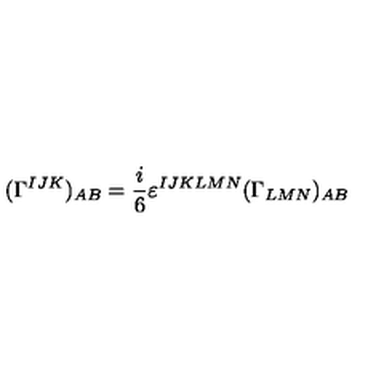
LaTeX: ( \Gamma ^ { I J K } ) _ { A B } = \frac { i } { 6 } \varepsilon ^ { I J K L M N } ( \Gamma _ { L M N } ) _ { A B }